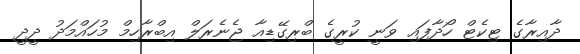
ދާއިރާގެ ޓިކެޓް ހޯދާފައި ވަނީ ކުރީގެ ބްރިގޭޑިއާ ޖެނެރަލް އިބްރާހިމް މުހައްމަދު ދީދީ